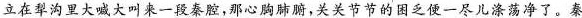
立在犁沟里大喊大叫来一段秦腔,那心胸肺腑,关关节节的困乏便一尽儿涤荡净了。秦